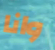
وانا